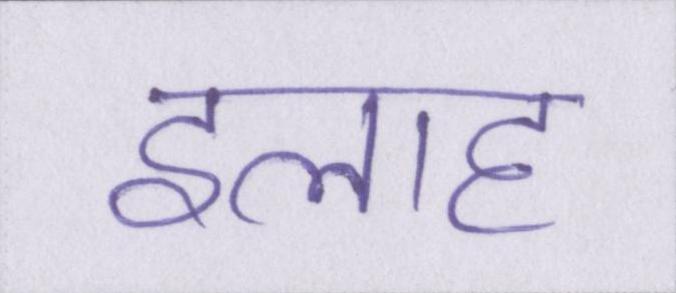
इलाह